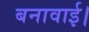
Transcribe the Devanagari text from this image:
बनावाई।